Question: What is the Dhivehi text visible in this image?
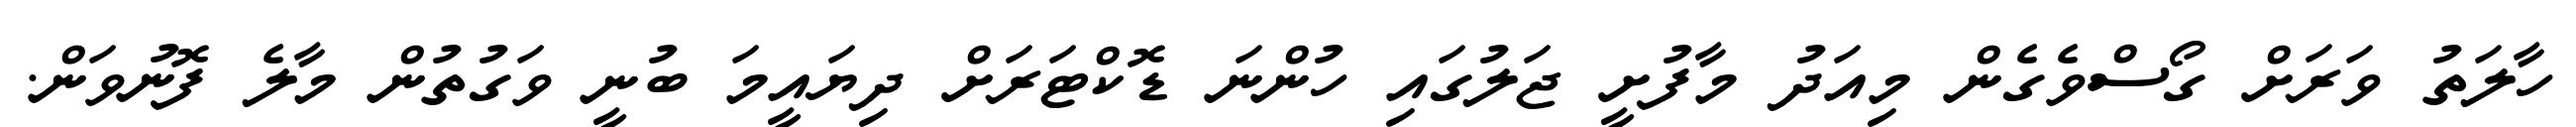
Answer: ހާލަތު ވަރަށް ގޯސްވެގެން މިއަދު މާފުށީ ޖަލުގައި ހުންނަ ޑޮކްޓަރަށް ދިޔައީމަ ބުނީ ވަގުތުން މާލެ ފޮނުވަން.